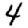
Digit: 4